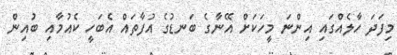
މިފަދަ ހާލެއްގައި އިންނަ މީހަކަށް އޭނާގެ ބަނޑުގެ އުފާތައް އެބަހީ ކެއުމާއި ބުއިން